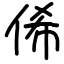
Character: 俙